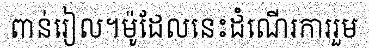
ពាន់រៀល។ម៉ូដែលនេះដំណើរការរួម